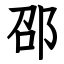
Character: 邵